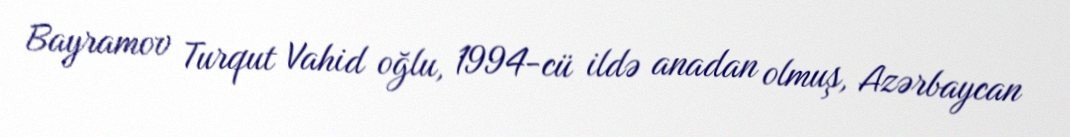
Bayramov Turqut Vahid oğlu, 1994-cü ildə anadan olmuş, Azərbaycan